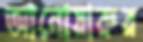
আনোয়ারুর